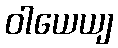
ဝါယေယျ